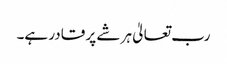
رب تعالیٰ ہر شے پر قادر ہے۔